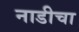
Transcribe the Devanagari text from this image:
नाडीचा